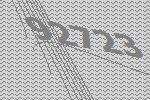
92723